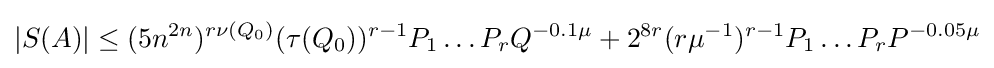
|S(A)|\leq (5n^{2n})^{r\nu (Q_{0})}(\tau (Q_{0}))^{r-1}P_{1}\dots P_{r}Q^{-0.1\mu }+2^{8r}(r\mu ^{-1})^{r-1}P_{1}\dots P_{r}P^{-0.05\mu }